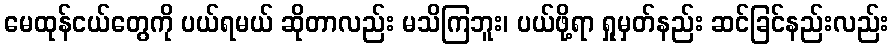
မေထုန်ငယ်တွေကို ပယ်ရမယ် ဆိုတာလည်း မသိကြဘူး၊ ပယ်ဖို့ရာ ရှုမှတ်နည်း ဆင်ခြင်နည်းလည်း